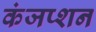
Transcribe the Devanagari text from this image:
कंजप्शन